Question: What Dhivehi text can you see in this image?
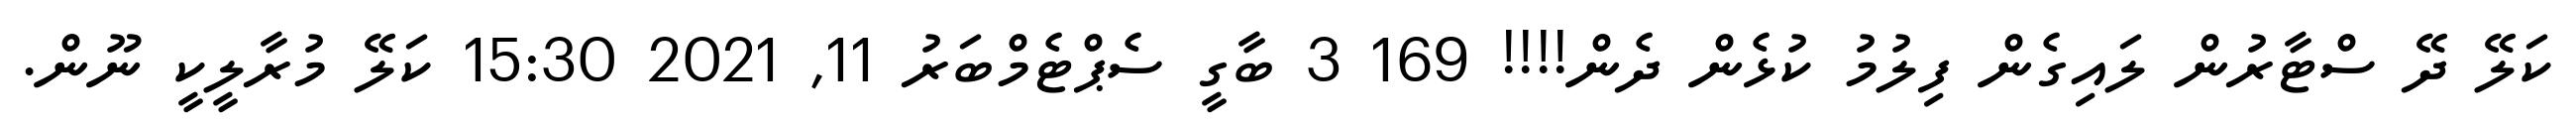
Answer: ކަލޭ ދޭ ސްޓާރުން ލައިގެން ފިލުމު ކުޅެން ދެން!!!! 169 3 ބާގީ ސެޕްޓެމްބަރު 11, 2021 15:30 ކަލޭ މުރާލީކީ ނޫން.